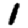
Digit: 1